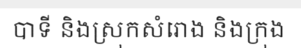
បាទី និងស្រុកសំរោង និងក្រុង